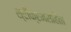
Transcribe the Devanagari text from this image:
श्रीक्रमसंहिता